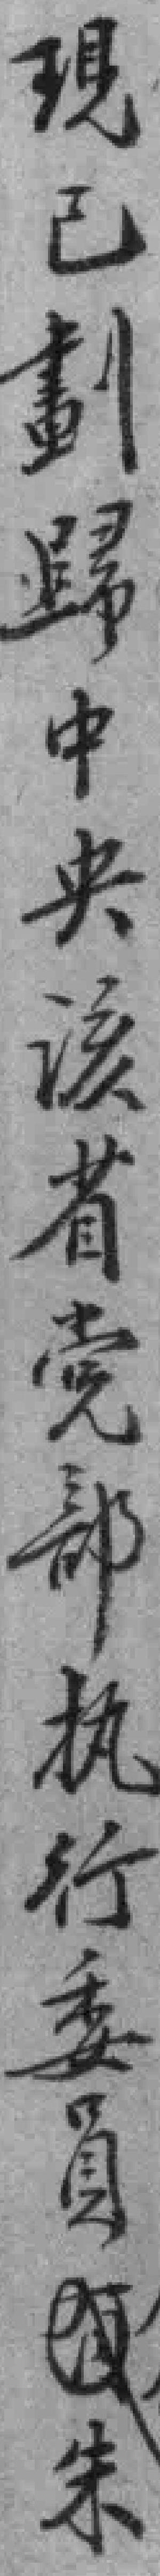
現已劃歸中央该省党部执行委員朱